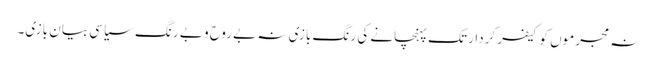
نہ مجرموں کو کیفر کردار تک پہنچانے کی رنگ بازی نہ بے روح و بے رنگ سیاسی بیان بازی۔